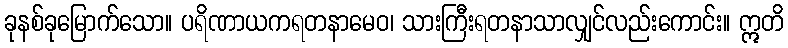
ခုနစ်ခုမြောက်သော။ ပရိဏာယကရတနာမေဝ၊ သားကြီးရတနာသာလျှင်လည်းကောင်း။ ဣတိ